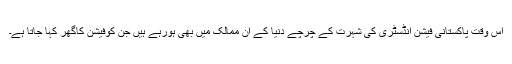
اس وقت پاکستانی فیشن انڈسٹری کی شہرت کے چرچے دنیا کے ان ممالک میں بھی ہورہے ہیں جن کوفیشن کاگھر کہا جاتا ہے۔